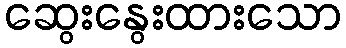
ဆွေးနွေးထားသော